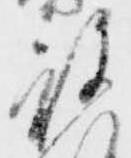
被